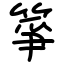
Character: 箏